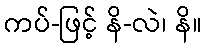
ကပ်-ဖြင့် နိ-လဲ၊ နိ။